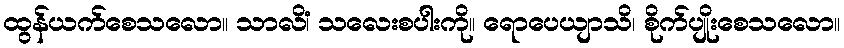
ထွန်ယက်စေသလော။ သာလိံ၊ သလေးစပါးကို။ ရောပေယျာသိ၊ စိုက်ပျိုးစေသလော။